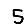
Digit: 5